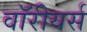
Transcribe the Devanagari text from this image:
वॉरीयर्स